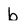
Character: b